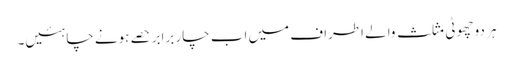
ہر دو چھوٹی مثلث والے اطراف میں اب چار برابر حصے ہونے چاہئیں۔